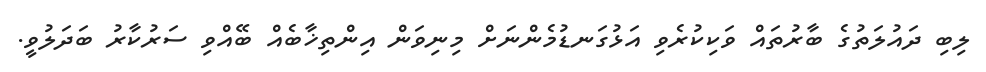
ލިބި ދައުލަތުގެ ބާރުތައް ވަކިކުރެވި އަޅުގަނޑުމެންނަށް މިނިވަން އިންތިޚާބެއް ބޭއްވި ސަރުކާރު ބަދަލުވީ.